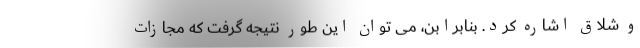
و شلاق اشاره کرد. بنابرابن، می توان این طور نتیجه گرفت که مجازات